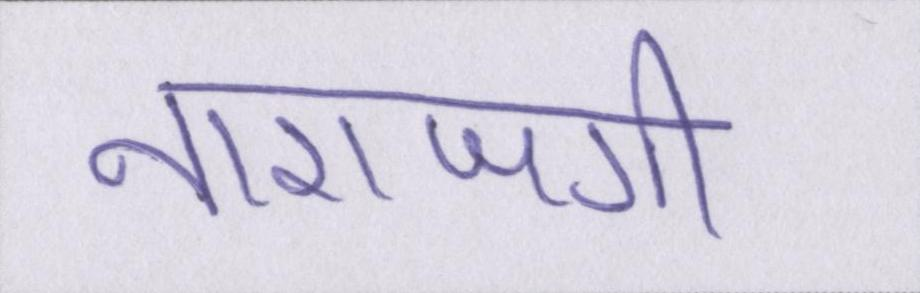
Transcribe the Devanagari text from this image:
नाराजगी